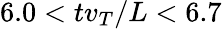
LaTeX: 6.0<tv_{T}/L<6.7